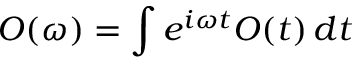
O ( \omega ) = \int e ^ { i \omega t } O ( t ) \, d t